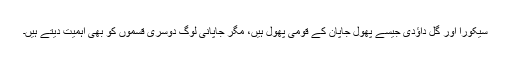
سیکورا اور گُلِ داؤدی جیسے پھول جاپان کے قومی پھول ہیں، مگر جاپانی لوگ دوسری قسموں کو بھی اہمیّت دیتے ہیں۔